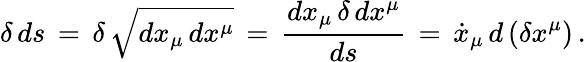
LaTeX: \delta\, ds\, =\, \delta\, \sqrt{dx_{\mu}\, dx^{\mu}}\, =\, \frac{dx_{\mu}\, \delta\, dx^{\mu}}{ds}\, =\, \dot{x}_{\mu}\, d\, (\delta x^{\mu})\, {.}